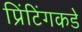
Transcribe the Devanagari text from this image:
प्रिंटिंगकडे